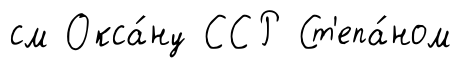
см Окса́ну ССР Ст'епа́ном